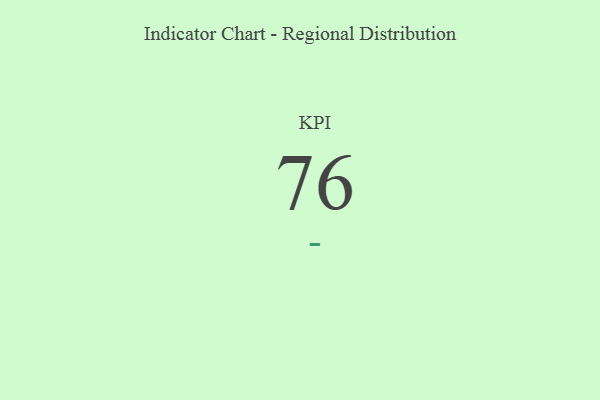
{"axis": {"x": "KPI", "y": "Value"}, "legend": [""], "data": [{"x": "KPI", "y": 76, "type": ""}]}